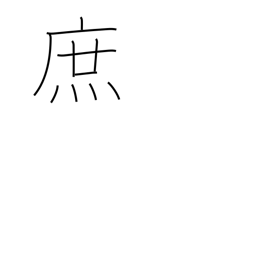
Meaning: bastard